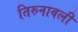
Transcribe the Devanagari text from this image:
तिरुनावली